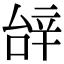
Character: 辝